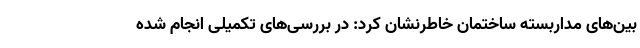
بین‌های مداربسته ساختمان خاطرنشان کرد: در بررسی‌های تکمیلی انجام شده